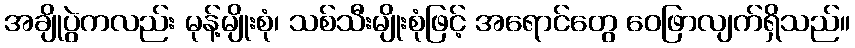
အချိုပွဲကလည်း မုန့်မျိုးစုံ၊ သစ်သီးမျိုးစုံဖြင့် အရောင်တွေ ဝေဖြာလျက်ရှိသည်။